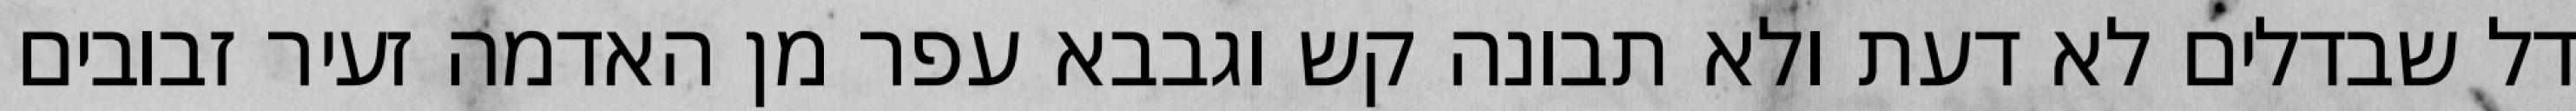
דל שבדלים לא דעת ולא תבונה קש וגבבא עפר מן האדמה זעיר זבובים